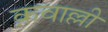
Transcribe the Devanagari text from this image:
क़वाल्ली